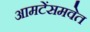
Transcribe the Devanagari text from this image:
आमटेंसमवेत